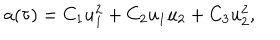
a ( \tau ) = C _ { 1 } u _ { 1 } ^ { 2 } + C _ { 2 } u _ { 1 } u _ { 2 } + C _ { 3 } u _ { 2 } ^ { 2 } ,